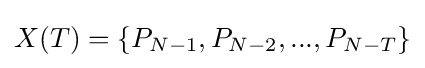
X(T)=\{P_{N-1},P_{N-2},...,P_{N-T}\}